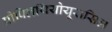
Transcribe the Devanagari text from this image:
प्रोपिलथियोयूरासिल